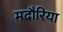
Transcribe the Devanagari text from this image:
मदौरिया